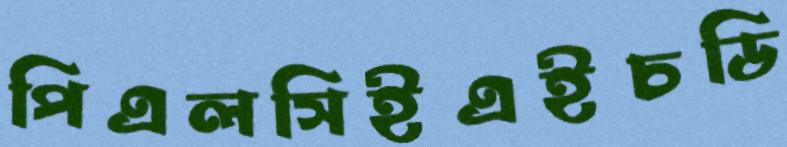
পিএলসিইএইচডি